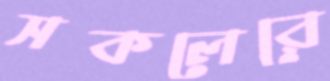
সকলেরে